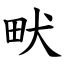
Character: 畎